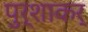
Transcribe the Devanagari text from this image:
पुर्शाकर्